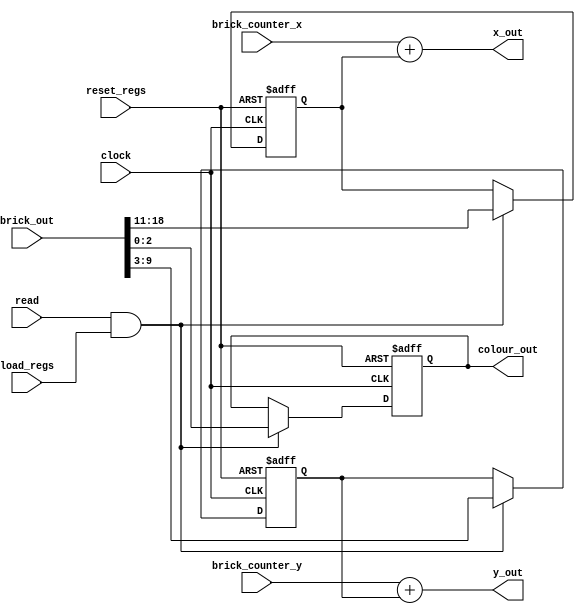
`timescale 1ns / 1ns // `timescale time_unit/time_precision

/* Generates x y coordinates to be sent to VGA adapter in order to draw the brick */
module brick_display(
					clock, 
					brick_out, 
					read, 
					reset_regs, 
					load_regs, 
					brick_counter_x, 
					brick_counter_y, 
					x_out, 
					y_out, 
					colour_out
					); 
					
	input clock;
	input [18:0] brick_out; // [x][y][colour]
	input read; // done - can read 
	input reset_regs;
	input load_regs;
	   
	reg [7:0] x;
	reg [6:0] y;
	reg [2:0] colour_in;
	
	output [7:0] x_out;
	output [6:0] y_out;
	output [2:0] colour_out;
	                           
	input [3:0] brick_counter_x;
	input [1:0] brick_counter_y;
	
	// Registers 
	always @ (posedge clock, negedge reset_regs)
	begin
		if (!reset_regs)
		begin
			x <= 8'd0;
			y <= 7'd0; 
			colour_in <= 3'd0;
		end
		else if (read & load_regs)
		begin
			x <= brick_out[18:11];
			y <= brick_out[9:3]; 
			colour_in <= brick_out[2:0];
		end 
	end 	   
	
	// We add pixels from counter to get brick pixels
	assign x_out = brick_counter_x + x;		
	assign y_out = brick_counter_y + y;
	assign colour_out = colour_in;	  	
	
	
endmodule